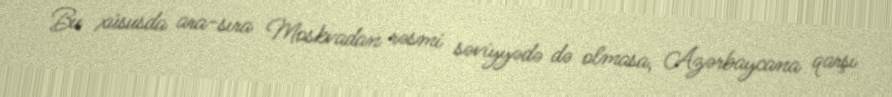
Bu xüsusda ara-sıra Moskvadan rəsmi səviyyədə də olmasa, Azərbaycana qarşı